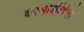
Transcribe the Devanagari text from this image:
कामाक्षीदेवी